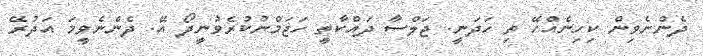
ދެންނެވިން ކިހިނެއްހޭ ތި ހަދަނީ. ޖަލްސާ ދައްކާތީ ހަޖަމްނުކުރެވުނީދޯ އޭ. ދެންނެވީމަ އަދުރޭ